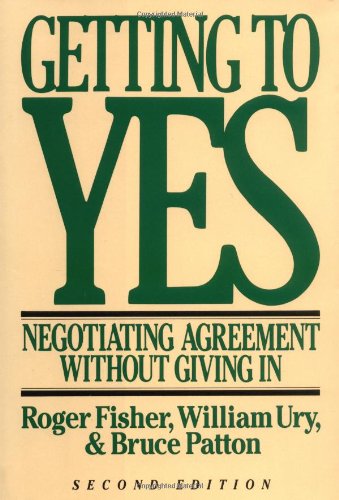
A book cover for Getting to Yes: Negotiating Agreement Without Giving In; William L. Ury; Business & Money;